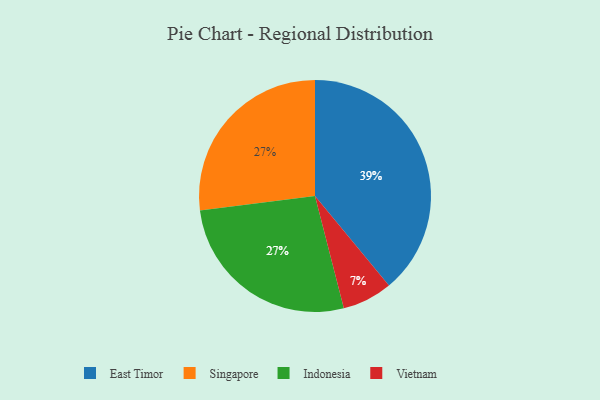
{"axis": {"x": "Category", "y": "Percentage"}, "legend": ["East Timor", "Indonesia", "Singapore", "Vietnam"], "data": [{"x": "Vietnam", "y": 7, "type": "Vietnam"}, {"x": "Singapore", "y": 27, "type": "Singapore"}, {"x": "Indonesia", "y": 27, "type": "Indonesia"}, {"x": "East Timor", "y": 39, "type": "East Timor"}]}